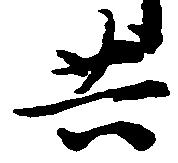
共